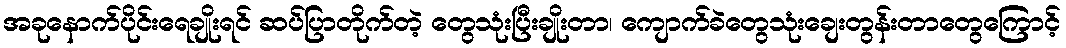
အခုနောက်ပိုင်းရေချိုးရင် ဆပ်ပြာတိုက်တဲ့ တွေသုံးပြီးချိုးတာ၊ ကျောက်ခဲတွေသုံးချေးတွန်းတာတွေကြောင့်